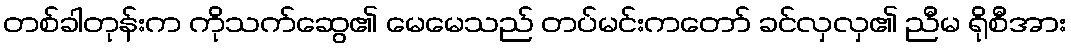
တစ်ခါတုန်းက ကိုသက်ဆွေ၏ မေမေသည် တပ်မင်းကတော် ခင်လှလှ၏ ညီမ ရိုစီအား